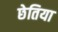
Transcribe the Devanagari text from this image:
छेतिया